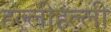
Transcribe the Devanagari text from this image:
हल्लीहल्ली